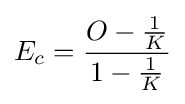
E_{c}={\frac {O-{\frac {1}{K}}}{1-{\frac {1}{K}}}}